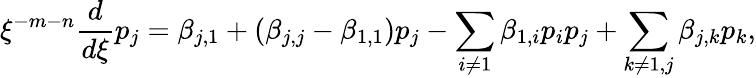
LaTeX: \xi^{-m-n}\frac{d}{d\xi}p_{j}=\beta_{j,1}+(\beta_{j,j}-\beta_{1,1})p_{j}-\sum_{i\ne 1}\beta_{1,i}p_{i}p_{j}+\sum_{k\ne 1,j}\beta_{j,k}p_{k},